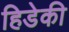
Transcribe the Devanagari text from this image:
हिडेकी